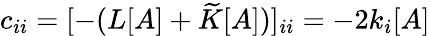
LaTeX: c_{ii}=[-(L[A]+\widetilde{K}[A])]_{ii}=-2k_{i}[A]